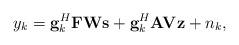
LaTeX: \begin{align*}y_k={\bf g}^H_k {\bf FW} {\bf s}+{\bf g}^H_k {\bf AV}{\bf z}+n_k,\end{align*}